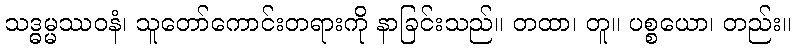
သဒ္ဓမ္မဿဝနံ၊ သူတော်ကောင်းတရားကို နာခြင်းသည်။ တထာ၊ တူ။ ပစ္စယော၊ တည်း။